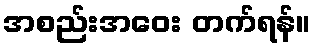
အစည်းအဝေး တက်ရန်။